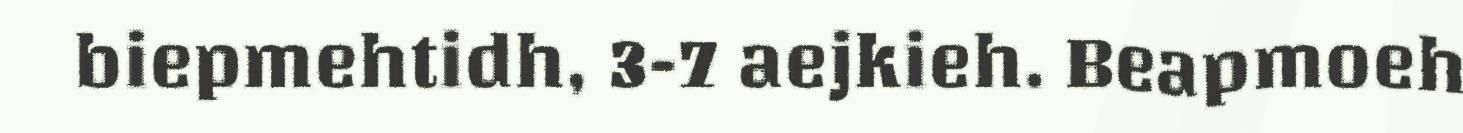
biepmehtidh, 3-7 aejkieh. Beapmoeh